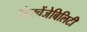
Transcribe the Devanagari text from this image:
इंटरचेंजेबिलिटी